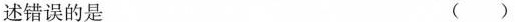
述错误的是 ()